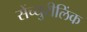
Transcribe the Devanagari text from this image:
सेंच्युरीलिंक